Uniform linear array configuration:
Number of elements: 16
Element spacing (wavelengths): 1
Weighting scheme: binomial
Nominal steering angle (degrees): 45
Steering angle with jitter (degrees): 43.908
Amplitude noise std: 0.05
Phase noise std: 0.05

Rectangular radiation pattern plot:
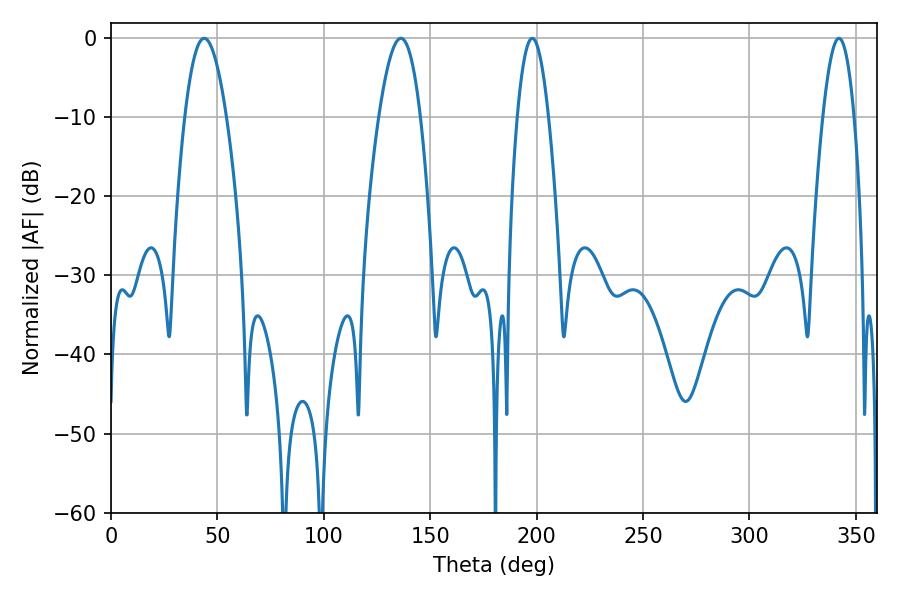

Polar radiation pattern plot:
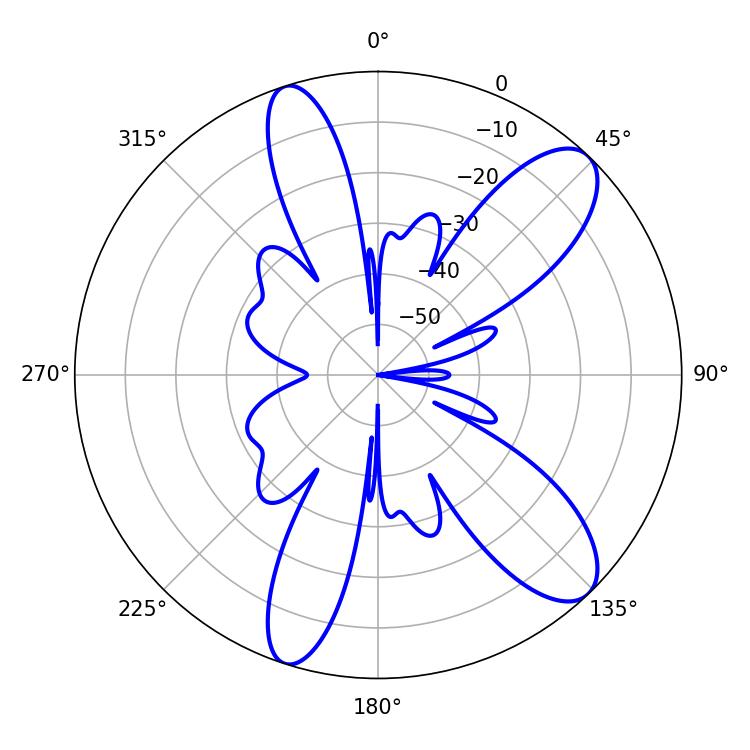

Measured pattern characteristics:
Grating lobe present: TRUE
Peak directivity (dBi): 10.361
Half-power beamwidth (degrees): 10.62
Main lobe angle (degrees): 43.74